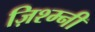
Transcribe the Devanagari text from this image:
ज़िश्म्नी